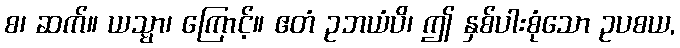
စ၊ ဆက်။ ယသ္မာ၊ ကြောင့်။ ဧတံ ဥဘယံပိ၊ ဤ နှစ်ပါးစုံသော ဥပစယ,